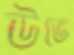
উভে